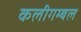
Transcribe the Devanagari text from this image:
कलीगम्बल